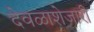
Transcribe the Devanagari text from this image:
देवळाशेजारी